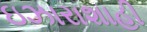
ઇઝારાશાહી